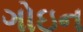
ગોઇન